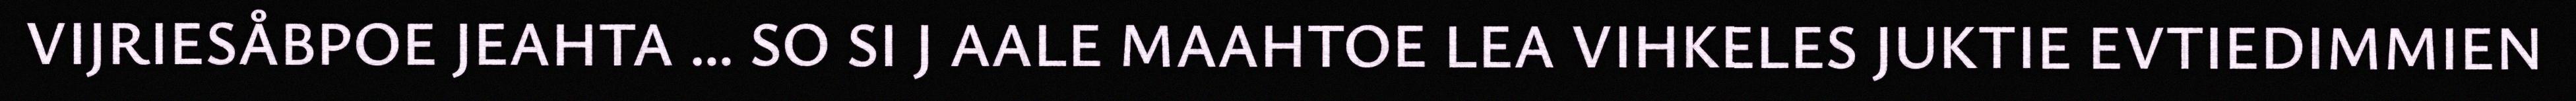
VIJRIESÅBPOE JEAHTA … SO SI J AALE MAAHTOE LEA VIHKELES JUKTIE EVTIEDIMMIEN